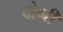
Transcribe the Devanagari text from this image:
वोभी